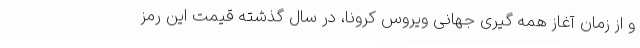
و از زمان آغاز همه گیری جهانی ویروس کرونا، در سال گذشته قیمت این رمز